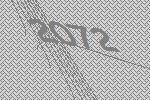
2072